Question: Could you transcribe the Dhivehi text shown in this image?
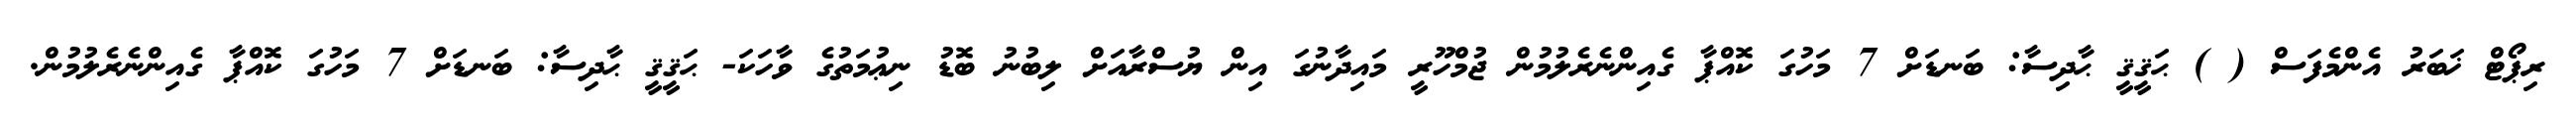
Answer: ރިޕޯޓް ޚަބަރު އެންމެފަސް ( ) ޙަޤީޤީ ޙާދިސާ: ބަނޑަށް 7 މަހުގަ ކޮއްޕާ ގެއިންނެރެލުމުން ޖުމްހޫރީ މައިދާނުގަ އިން ޔުސްރާއަށް ލިބުނު ބޮޑު ނިޢުމަތުގެ ވާހަކަ- ޙަޤީޤީ ޙާދިސާ: ބަނޑަށް 7 މަހުގަ ކޮއްޕާ ގެއިންނެރެލުމުން.